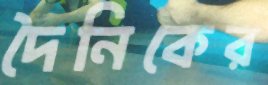
দৈনিকের